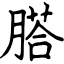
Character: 𦞂